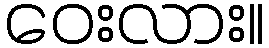
ဝေးလား။